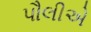
પૌલીએ